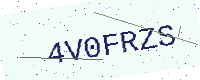
Text: 4V0FRZS